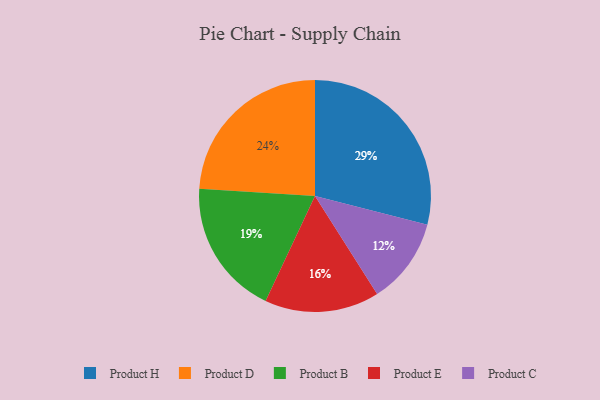
{"axis": {"x": "Category", "y": "Percentage"}, "legend": ["Product B", "Product C", "Product D", "Product E", "Product H"], "data": [{"x": "Product D", "y": 24, "type": "Product D"}, {"x": "Product E", "y": 16, "type": "Product E"}, {"x": "Product H", "y": 29, "type": "Product H"}, {"x": "Product B", "y": 19, "type": "Product B"}, {"x": "Product C", "y": 12, "type": "Product C"}]}